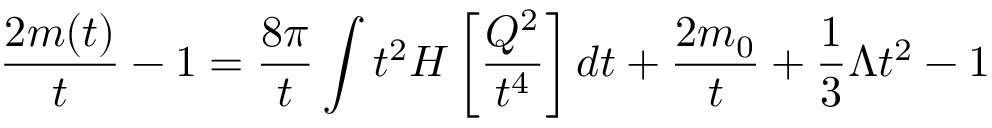
\frac { 2 m ( t ) } { t } - 1 = \frac { 8 \pi } { t } \int t ^ { 2 } H \left[ \frac { Q ^ { 2 } } { t ^ { 4 } } \right] d t + \frac { 2 m _ { 0 } } { t } + \frac { 1 } { 3 } \Lambda t ^ { 2 } - 1